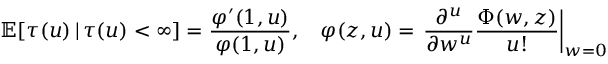
\mathbb { E } [ \tau ( u ) \, | \, \tau ( u ) < \infty ] = \frac { \varphi ^ { \prime } ( 1 , u ) } { \varphi ( 1 , u ) } , \: \: \: \: \varphi ( z , u ) = \left. \frac { \partial ^ { u } } { \partial w ^ { u } } \frac { \Phi ( w , z ) } { u ! } \right| _ { w = 0 }